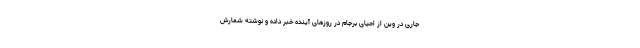
جاری در وین از احیای برجام در روزهای آینده خبر داده و نوشته شمارش